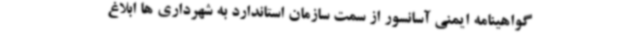
گواهینامه ایمنی آسانسور از سمت سازمان استاندارد به شهرداری ها ابلاغ